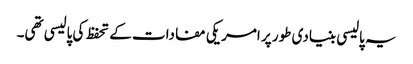
یہ پالیسی بنیادی طور پر امریکی مفادات کے تحفظ کی پالیسی تھی۔